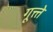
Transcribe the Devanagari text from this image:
गूत्त्ते